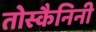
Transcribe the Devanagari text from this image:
तोस्कैनिनी